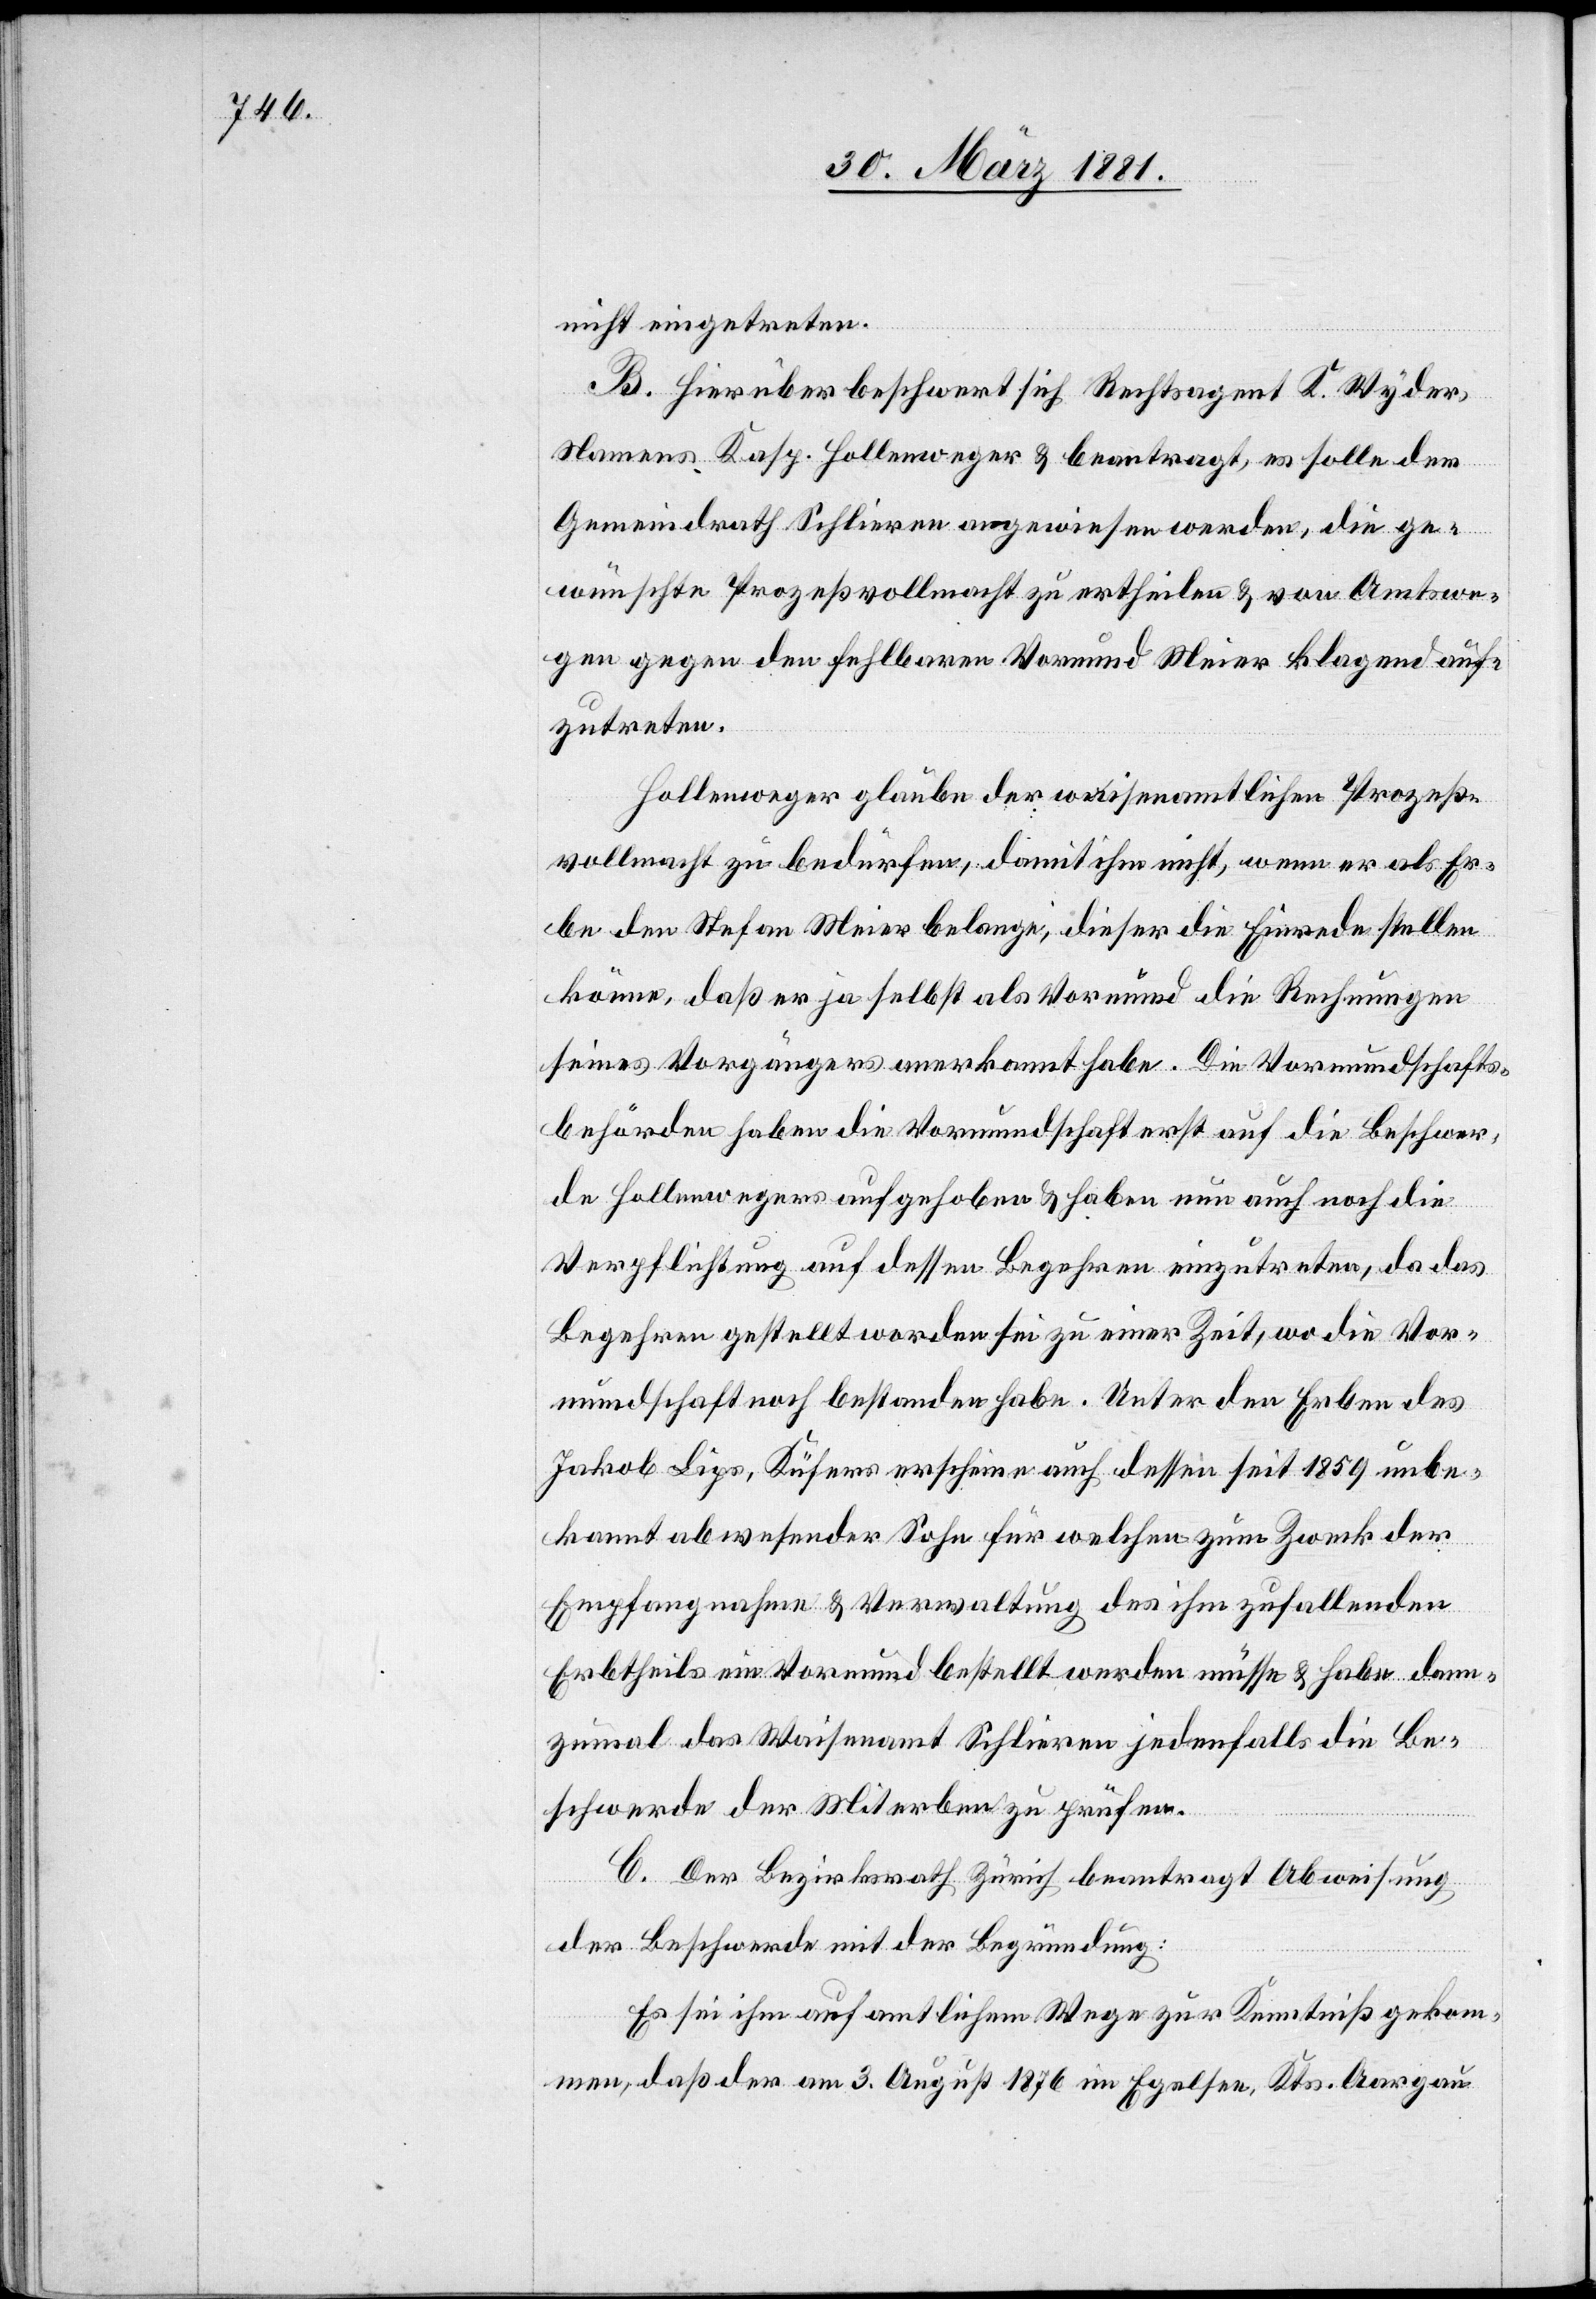
nicht eingetreten.
B. Hierüber beschwert sich Rechtsagent K. Wyder,
Namens Kasp. Hollenweger & beantragt, es solle der
Gemeindrath Schlieren angewiesen werden, die ge¬
wünschte Prozeßvollmacht zu ertheilen & von Amtswe¬
gen gegen den fehlbaren Vormund Meier klagend auf¬
zutreten.
Hollenweger glaube der waisenamtlichen Prozeß¬
vollmacht zu bedürfen, damit ihm nicht, wenn er als Er¬
be den Stefan Meier belange, dieser die Einrede stellen
könne, daß er ja selbst als Vormund die Rechnungen
seines Vorgängers anerkannt habe. Die Vormundschafts¬
behörden haben die Vormundschaft erst auf die Beschwer¬
de Hollenwegers aufgehoben & haben nun auch noch die
Verpflichtung auf dessen Begehren einzutreten, da das
Begehren gestellt worden sei zu einer Zeit, wo die Vor¬
mundschaft noch bestanden habe. Unter den Erben des
Jakob Lips, Küfers erscheine auch dessen seit 1859 unbe¬
kannt abwesender Sohn für welchen zum Zweck der
Empfangnahme & Verwaltung des ihm zufallenden
Erbtheils ein Vormund bestellt werden müsse & habe dann¬
zumal das Waisenamt Schlieren jedenfalls die Be¬
schwerde der Miterben zu prüfen.
C. Der Bezirksrath Zürich beantragt Abweisung
der Beschwerde mit der Begründung:
Es sei ihm auf amtlichem Wege zur Kenntniß gekom¬
men, daß der am 3. August 1876 im Egelsee, Kts. Aargau